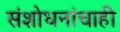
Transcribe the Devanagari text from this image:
संशोधनांचाही